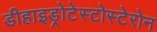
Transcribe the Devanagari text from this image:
डीहाइड्रोटेस्टोस्टेरोन